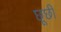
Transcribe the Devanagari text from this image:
छूछी